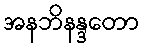
အနဘိနန္ဒတော